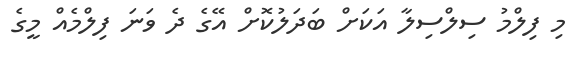
މި ފިލްމު ސިލްސިލާ އަކަށް ބަދަލުކޮށް އޭގެ ދެ ވަނަ ފިލްމެއް މީގެ